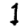
Digit: 1